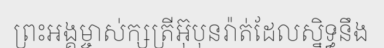
ព្រះអង្គម្ចាស់ក្សត្រីអ៊ុបុនរ៉ាត់ដែលស្និទ្ធនឹង